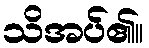
သိအပ်၏။